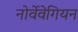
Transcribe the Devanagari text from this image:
नोर्वेवेगियन